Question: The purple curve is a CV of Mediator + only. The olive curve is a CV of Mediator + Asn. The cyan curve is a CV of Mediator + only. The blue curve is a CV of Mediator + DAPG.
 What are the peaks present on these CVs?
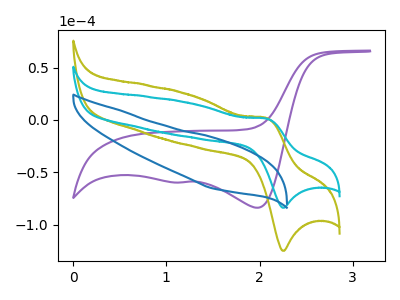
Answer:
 <answer>The purple curve "Mediator + only" has cathodic peaks at (2.00V, -83.70uA) (1.15V, -59.60uA). The olive curve "Mediator + Asn" has an anodic peak at (2.10V, 1.75uA) and a cathodic peak at (2.25V, -124.75uA). The cyan curve "Mediator + only" has an anodic peak at (2.10V, 1.15uA) and a cathodic peak at (2.25V, -83.70uA). The blue curve "Mediator + DAPG" has no peaks.</answer>
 <eval></eval>